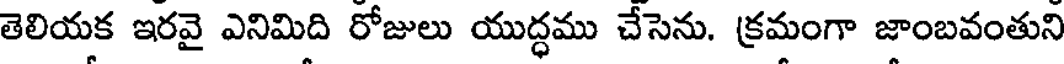
తెలియక ఇరవై ఎనిమిది రోజులు యుద్ధము చేసెను. క్రమంగా జాంబవంతుని